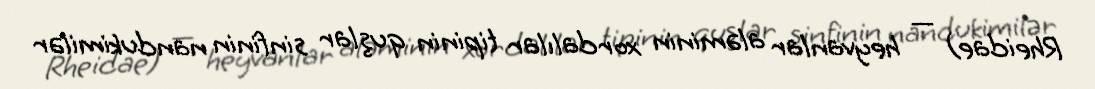
Rheidae) — heyvanlar aləminin xordalılar tipinin quşlar sinfinin nandukimilər